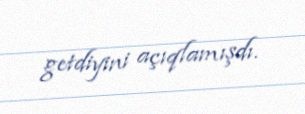
getdiyini açıqlamışdı.